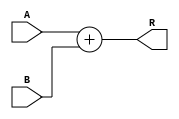
`timescale 1ns/1ns
module adder (
    input [31:0] A, B,
    output [31:0] R
);
    assign R = A + B;

endmodule // adder